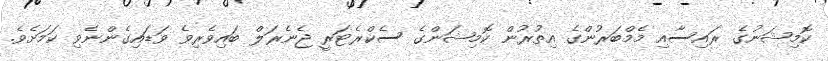
ކޮމިޝަނުގެ ރައިސާއި މެމްބަރުންގެ އިތުރުން ކޮމިޝަންގެ ސެކްރެޓަރީ ޖެނެރަލް ބައިވެރިވެ ވަޑައިގެންނެވި ކަމަށެވެ.